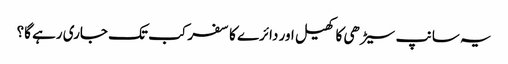
یہ سانپ سیڑھی کا کھیل اور دائرے کا سفر کب تک جاری رہے گا؟